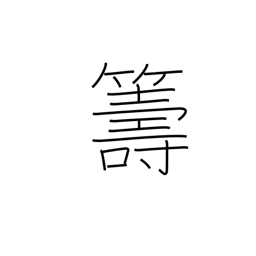
Meaning: plan